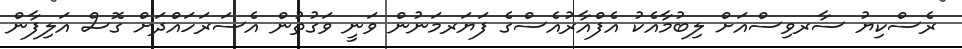
ރެސްކިޔު ސާރވިސްއަށް ލިބުމާއެކު އެފްއާރުއެސްގެ ފަޔަރމަނުން ވަނީ ވަގުތުން އެސަރަހައްދަށް ގޮސް އަލިފާން